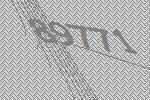
89771